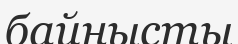
байнысты